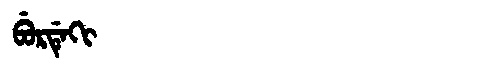
Manchu: ᠪᡠᡵᡩᡝᡴᡳ
Romanization: BURDEKI